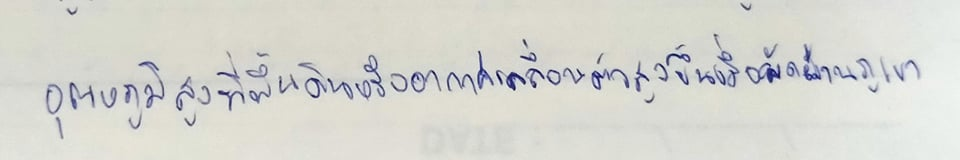
อุณหภูมิสูงที่พื้นดินหรืออากาศเคลื่อนตัวสูงขึ้นเมื่อพัดผ่านภูเขา